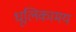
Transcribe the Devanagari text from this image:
धूलिकामय